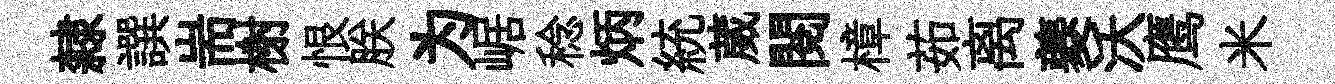
隸譔耑榭恨朕为崌稔炳統葳閲樟茹离夔沃鹰米